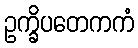
ဥက္ခိပတေကကံ